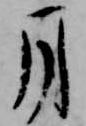
月